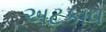
અટકાવ